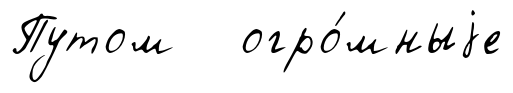
Путом огро́мныjе